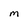
Character: M